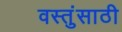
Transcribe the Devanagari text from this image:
वस्तुंसाठी